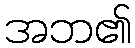
အဘ၏